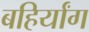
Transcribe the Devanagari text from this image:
बहिर्यांग